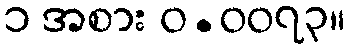
၁ အစား ဝ.၀၀၇၃။